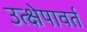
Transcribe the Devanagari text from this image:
उत्क्षेपावर्त